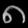
Digit: ၈